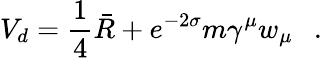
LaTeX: V_{d}=\frac 14\bar{R}+e^{-2\sigma}m\gamma^{\mu}w_{\mu}~~~.